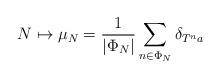
LaTeX: \begin{align*}N \mapsto \mu_N=\frac{1}{|\Phi_N|}\sum_{n\in\Phi_N} \delta_{T^n a}\end{align*}